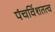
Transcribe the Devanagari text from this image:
पंचविंशतत्व